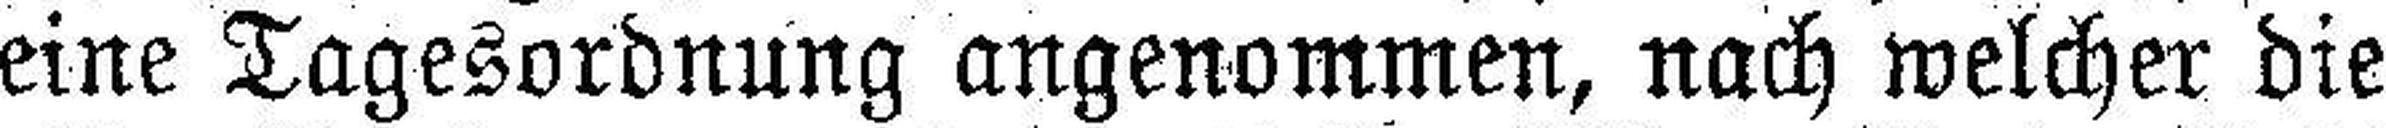
eine Tagesordnung angenommen, nach welcher die